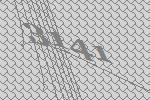
3141